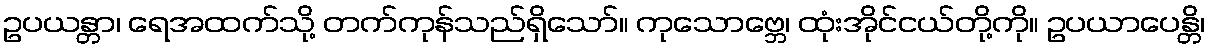
ဥပယန္တာ၊ ရေအထက်သို့ တက်ကုန်သည်ရှိသော်။ ကုသောဗ္ဘေ၊ ထုံးအိုင်ငယ်တို့ကို။ ဥပယာပေန္တိ၊